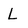
Character: L